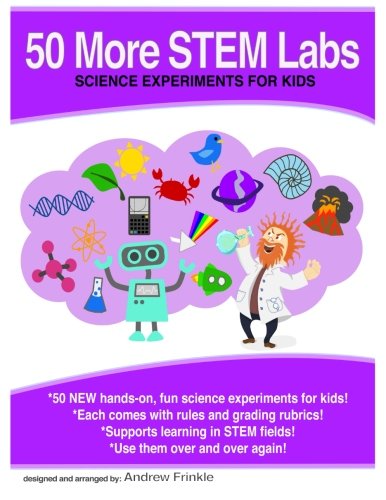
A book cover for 50 More Stem Labs - Science Experiments for Kids (50 Stem Labs) (Volume 2); Andrew Frinkle; Science & Math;